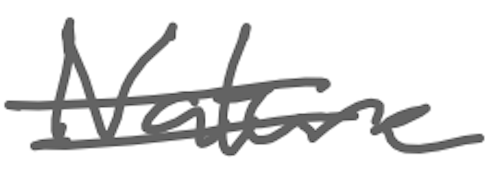
Text: Nature
Cross-out: double-line
Writing tool: digital_gray